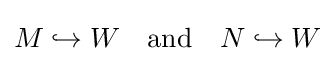
M\hookrightarrow W\quad {\mbox{and}}\quad N\hookrightarrow W